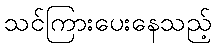
သင်ကြားပေးနေသည့်